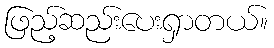
ဖြည့်ဆည်းပေးရှာတယ်။